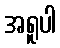
အရူပါ